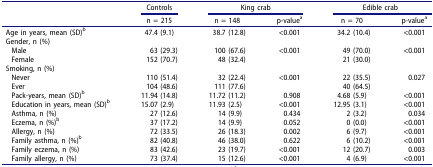
|  | Controls | <COLSPAN=2> King crab | <COLSPAN=2> Edible crab |
 |  | n = 215 | n = 148 | p-valuea | n = 70 | p-valuea |
 | --- | --- | --- | --- | --- | --- |
 | Age in years, mean (SD)b | 47.4 (9.1) | 38.7 (12.8) | <0.001 | 34.2 (10.4) | <0.001 |
 | Gender, n (%) |  |  |  |  |  |
 | Male | 63 (29.3) | 100 (67.6) | <0.001 | 49 (70.0) | <0.001 |
 | Female | 152 (70.7) | 48 (32.4) |  | 21 (30.0) |  |
 | Smoking, n (%) |  |  |  |  |  |
 | Never | 110 (51.4) | 32 (22.4) | <0.001 | 22 (35.5) | 0.027 |
 | Ever | 104 (48.6) | 111 (77.6) |  | 40 (64.5) |  |
 | Pack-years, mean (SD)b | 11.94 (14.8) | 11.72 (11.2) | 0.908 | 4.68 (5.9) | <0.001 |
 | Education in years, mean (SD)b | 15.07 (2.9) | 11.93 (2.5) | <0.001 | 12.95 (3.1) | <0.001 |
 | Asthma, n (%) | 27 (12.6) | 14 (9.9) | 0.434 | 2 (3.2) | 0.034 |
 | Eczema, n (%)b | 37 (17.2) | 14 (9.9) | 0.052 | 0 (0.0) | <0.001 |
 | Allergy, n (%) | 72 (33.5) | 26 (18.3) | 0.002 | 6 (9.7) | <0.001 |
 | Family asthma, n (%)b | 82 (40.8) | 46 (38.0) | 0.622 | 6 (10.2) | <0.001 |
 | Family eczema, n (%) | 83 (42.6) | 23 (19.7) | <0.001 | 12 (20.7) | 0.003 |
 | Family allergy, n (%) | 73 (37.4) | 15 (12.6) | <0.001 | 4 (6.9) | <0.001 |